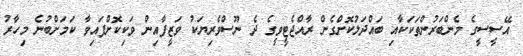
އޭސީސީގެ މެންބަރުންތަކަކާއި ބައްދަލުކޮށްގެން ރާއްޖެޓީވީގެ ދެ ނޫސްވެރިޔަކު ވަޒީފާއިން ވަކިކޮށްފައިވާ ކަމަށްބުނެ މިހާރު